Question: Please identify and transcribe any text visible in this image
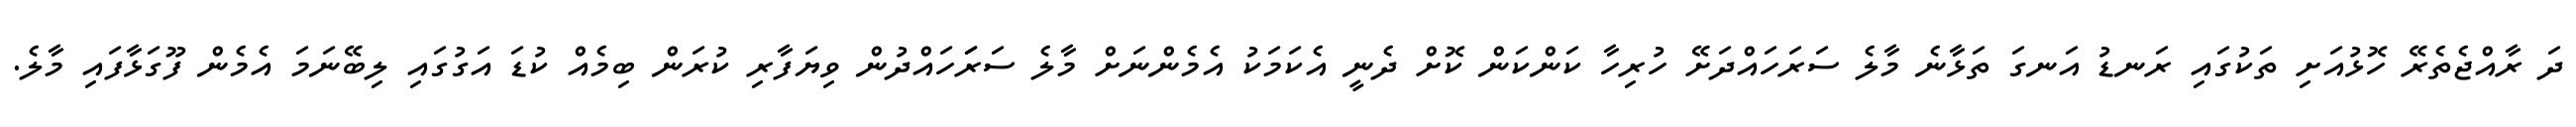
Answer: ދަ ރާއްޖެތެރޭ ހޮޅުއަށި ތަކުގައި ރަނޑު އަނގަ ތަޅާނެ މާލެ ސަރަހައްދަށޭ ހުރިހާ ކަންކަން ކޮށް ދެނީ އެކަމަކު އެމެންނަށް މާލެ ސަރަަހައްދުން ވިޔަފާރި ކުރަން ބިމެއް ކުޑަ އަގުގައި ލިބޭނަމަ އެމެން ފޫގަޅާފައި މާލެ.